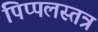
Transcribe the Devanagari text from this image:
पिप्पलस्तत्र